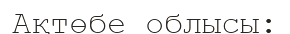
Ақтөбе облысы: